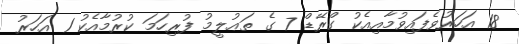
18 އަހަރުވެފައިވުމާއިއެކު ގްރޭޑް 7 ގެ ތަޢުލީމު ފުރިހަމަ ކުރުމާއެކު 1 އަހަރު